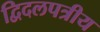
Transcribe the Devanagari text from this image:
द्विदलपत्रीय